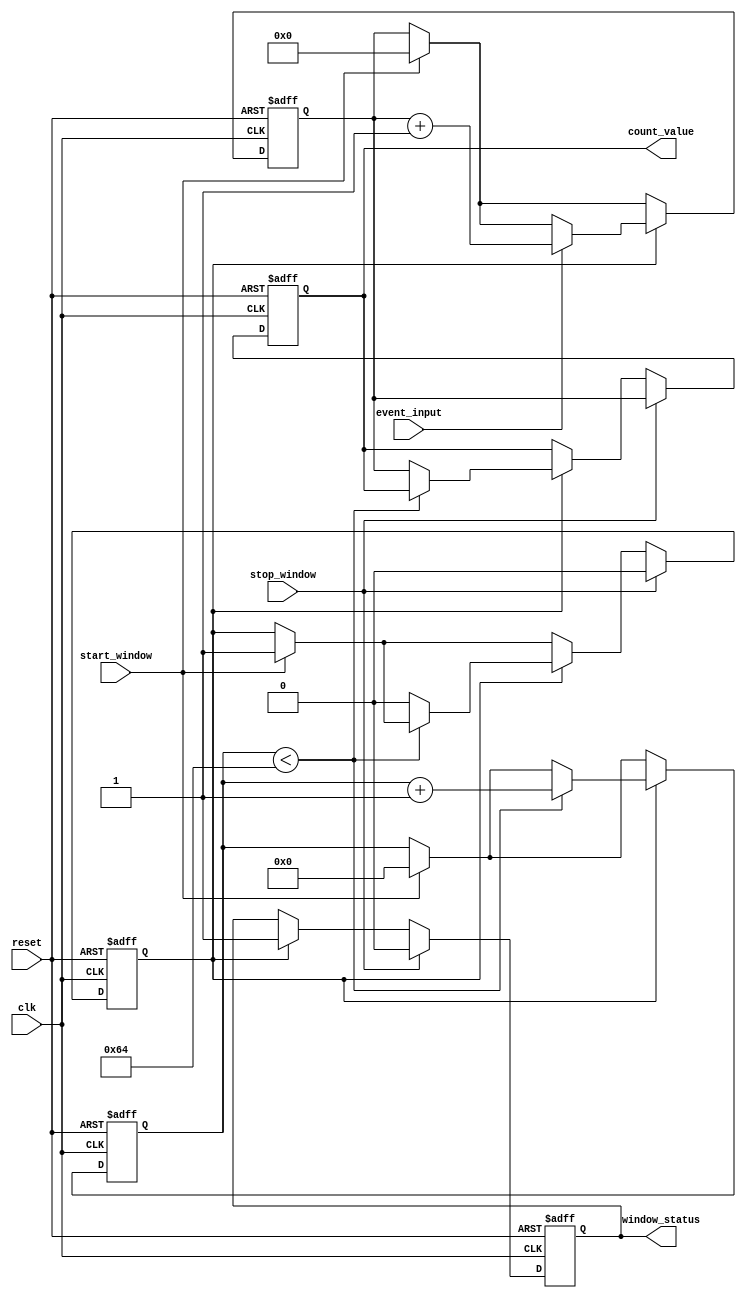
module windowed_counter #(
    parameter COUNTER_WIDTH = 8, // Bit width for the counter
    parameter WINDOW_DURATION = 100 // Example window duration in clock cycles
)(
    input wire clk,               // Clock signal
    input wire event_input,       // Event input signal
    input wire start_window,      // Start counting window signal
    input wire stop_window,       // Stop counting window signal
    input wire reset,             // Asynchronous reset signal
    output reg [COUNTER_WIDTH-1:0] count_value, // Stored count value
    output reg window_status       // Indicates if the counter is active
);

    reg [COUNTER_WIDTH-1:0] counter; // Internal counter
    reg [6:0] window_counter;         // Counter for window duration (7 bits for max 127)
    reg counting;                     // Internal flag for counting state

    // Asynchronous reset
    always @(posedge clk or posedge reset) begin
        if (reset) begin
            counter <= 0;
            count_value <= 0;
            window_counter <= 0;
            window_status <= 0;
            counting <= 0;
        end else begin
            if (start_window) begin
                counting <= 1; // Start counting
                window_counter <= 0; // Reset window counter
                counter <= 0; // Reset counter
            end
            
            if (counting) begin
                // Increment counter on event input
                if (event_input) begin
                    counter <= counter + 1;
                end

                // Increment window counter
                if (window_counter < WINDOW_DURATION) begin
                    window_counter <= window_counter + 1;
                end else begin
                    // Window duration has elapsed
                    counting <= 0; // Stop counting
                    count_value <= counter; // Store count value
                    window_status <= 0; // Update window status
                end
            end
            
            // Stop counting if stop_window is asserted
            if (stop_window) begin
                counting <= 0; // Stop counting
                count_value <= counter; // Store count value
                window_status <= 0; // Update window status
            end else if (counting) begin
                window_status <= 1; // Indicate that the counter is active
            end
        end
    end

endmodule